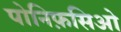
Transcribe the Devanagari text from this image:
पोनिफ़सिओ